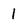
Character: I